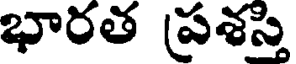
భారత ప్రశస్తి